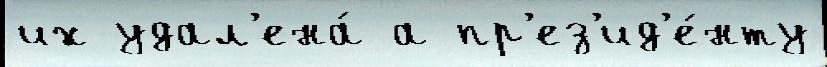
их удал'ена́ а пр'ез'ид'е́нту